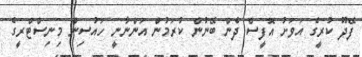
ފޭދޫ ކުރީގެ އަވަށު އޮފީސް ދެން ބޭނުން ކުރަމުން އަންނާނީ ހައުސިން މިނިސްޓްރީގެ